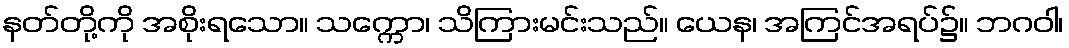
နတ်တို့ကို အစိုးရသော။ သက္ကော၊ သိကြားမင်းသည်။ ယေန၊ အကြင်အရပ်၌။ ဘဂဝါ၊